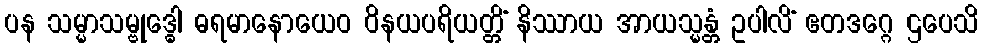
ပန သမ္မာသမ္ဗုဒ္ဓေါ ဓရမာနောယေဝ ဝိနယပရိယတ္တိံ နိဿာယ အာယသ္မန္တံ ဥပါလိံ ဧတဒဂ္ဂေ ဌပေသိ